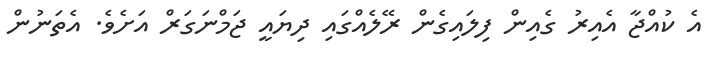
އެ ކުއްޖާ އެއިރު ގެއިން ފިލައިގެން ރޭލެއްގައި ދިޔައީ ޖަމްނަގަރް އަށެވެ. އެތަނުން